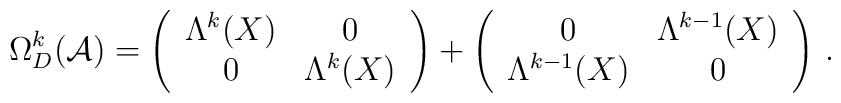
\Omega_{D}^{k}({\cal A})=\left(\begin{array}{cc}\Lambda^{k}(X) & 0 \\ 0 & \Lambda^{k}(X)\end{array}\right)+\left(\begin{array}{cc}0 & \Lambda^{k-1}(X) \\ \Lambda^{k-1}(X) & 0\end{array}\right)\, .